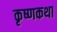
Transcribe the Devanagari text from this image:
कृष्णकथा